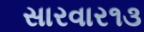
સારવાર૧૩